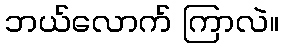
ဘယ်လောက် ကြာလဲ။